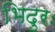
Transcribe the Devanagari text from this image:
भिदुरः